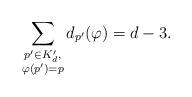
LaTeX: \begin{align*} \sum_{\substack{p' \in K_d', \\ \varphi(p') =p}} d_{p'}(\varphi) =d-3.\end{align*}